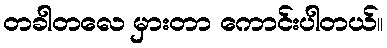
တခါတလေ မှားတာ ကောင်းပါတယ်။